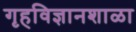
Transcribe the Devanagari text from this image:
गृहविज्ञानशाळा